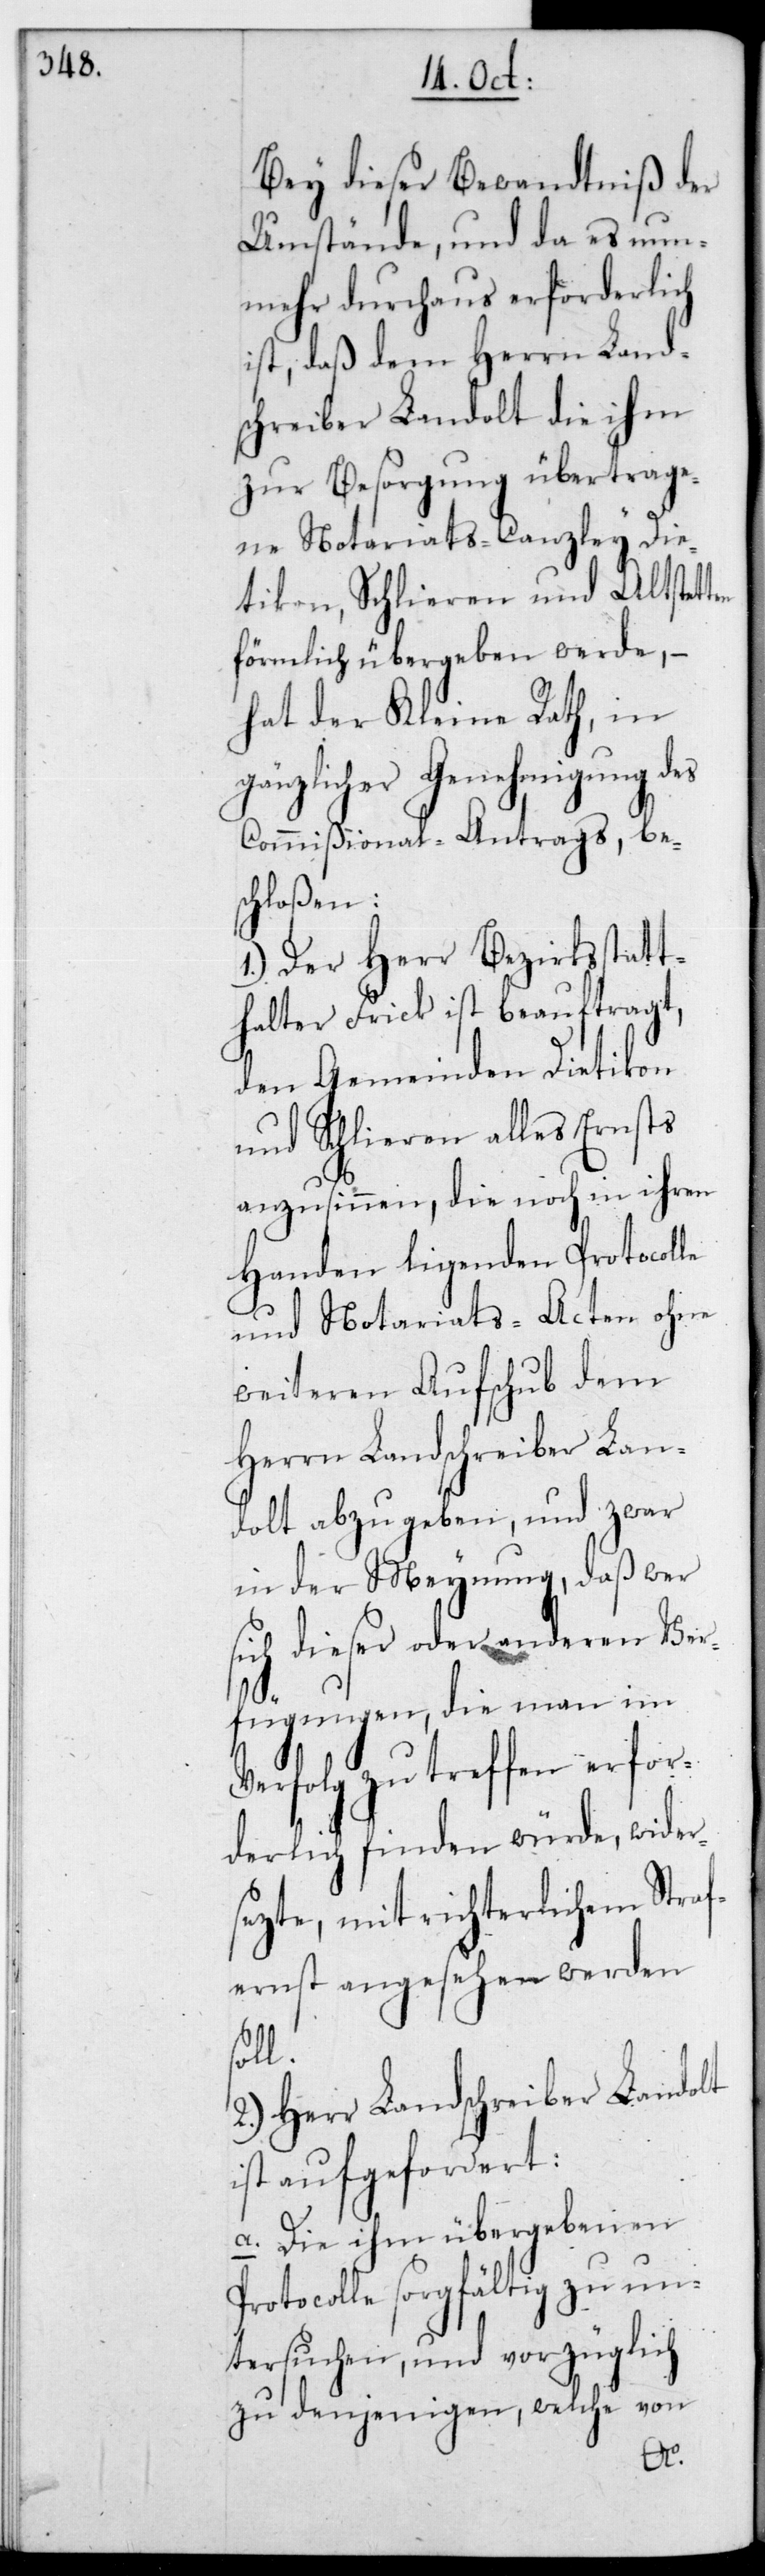
Bei dieser Bewandtniß der
Umstände und da es nun¬
mehr durchaus erforderlich
ist, daß dem Herrn Land¬
schreiber Landolt die ihm
zur Besorgung übertrage¬
ne Notariats-Canzley Die¬
tikon, Schlieren und Altstetten
förmlich übergeben werde, –
hat der Kleine Rath, in
gänzlicher Genehmigung des
Commißional-Antrags, be¬
schloßen:
1.) Der Herr Bezirksstatt¬
halter Frick ist beauftragt,
den Gemeinden Dietikon
und Schlieren alles Ernsts
anzusinnen, die noch in ihren
Handen liegenden Protocolle
und Notariats-Acten ohne
weiteren Aufschub dem
Herrn Landschreiber Lan¬
dolt abzugeben, und zwar
in der Meynung, daß wer
sich dieser oder anderen Ver¬
fügungen, die man im
Verfolg zu treffen erfor¬
derlich finden würde, wider¬
setze, mit richterlichem Straf¬
ernst angesehen werden
soll.
2.) Herr Landschreiber Landolt
ist aufgefordert:
a. Die ihm übergebenen
Protocolle sorgfältig zu un¬
tersuchen und vorzüglich
zu denjenigen, welche von